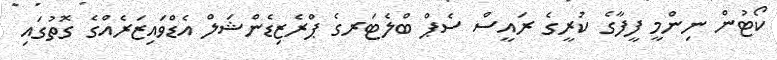
ކޯޓުން ނިންމީ ފީފާގެ ކުރީގެ ރައީސް ސެޕް ބްލެޓަރގެ ޕްރެޒިޑެންޝަލް އެޑްވައިޒަރެއްގެ ގޮތުގައި